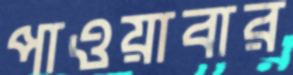
পাওয়াবার